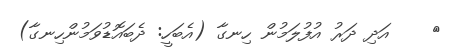
٤    އަދި ދަރު އުފުލަމުން ހިނގާ (އެބަހީ: ދެބައޮޑުވަމުންހިނގާ)